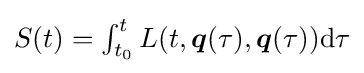
{\textstyle S(t)=\int _{t_{0}}^{t}L(t,{\boldsymbol {q}}(\tau ),{\boldsymbol {q}}(\tau )){\rm {d}}\tau }